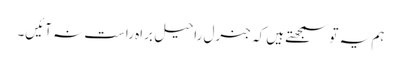
ہم یہ تو سمجھتے ہیں کہ جنرل راحیل براہ راست نہ آئیں۔